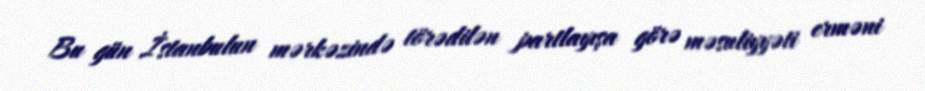
Bu gün İstanbulun mərkəzində törədilən partlayışa görə məsuliyyəti erməni